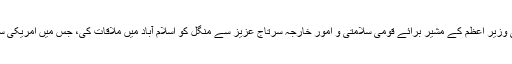
افغانستان اور پاکستان کے لیے امریکہ کے نمائندہ خصوصی جیمز ڈوبنز نے پاکستانی وزیرِ اعظم کے مشیر برائے قومی سلامتی و اُمور خارجہ سرتاج عزیز سے منگل کو اسلام آباد میں ملاقات کی، جس میں امریکی سفیر ریچرڈ اولسن اور پاکستانی سیکرٹری خارجہ جلیل عباس جیلانی بھی شریک تھے۔